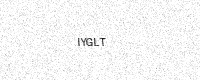
Text: IYGLT